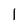
Character: l